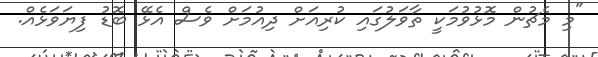
"މި މެޗުން މޮޅުވުމަކީ ތާވަލުގައި ކުރިއަށް ދިއުމަށް ވެސް އެޅޭ ބޮޑު ފިޔަވަޅެއް.